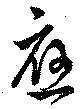
応